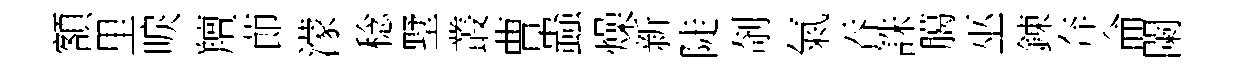
額里唳羶莭濛稔墅叢曹蟲燥新陡剞氣吞誅臈巫錬奔侖闌